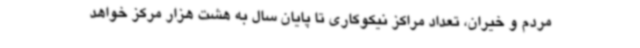
مردم و خیران، تعداد مراکز نیکوکاری تا پایان سال به هشت هزار مرکز خواهد